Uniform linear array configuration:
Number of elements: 32
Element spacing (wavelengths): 0.25
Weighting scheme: uniform
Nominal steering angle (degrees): -15
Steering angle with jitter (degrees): -14.663
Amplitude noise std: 0.05
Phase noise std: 0.05

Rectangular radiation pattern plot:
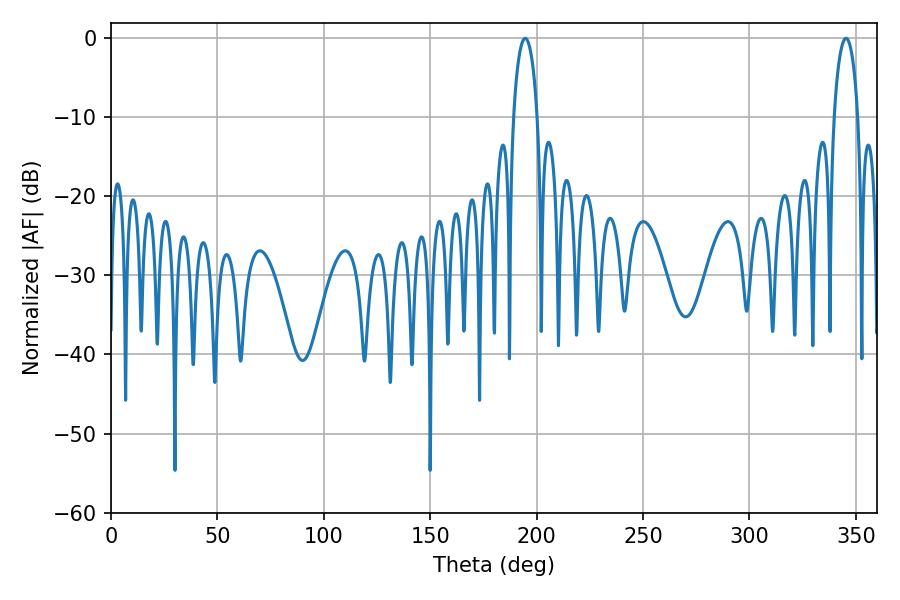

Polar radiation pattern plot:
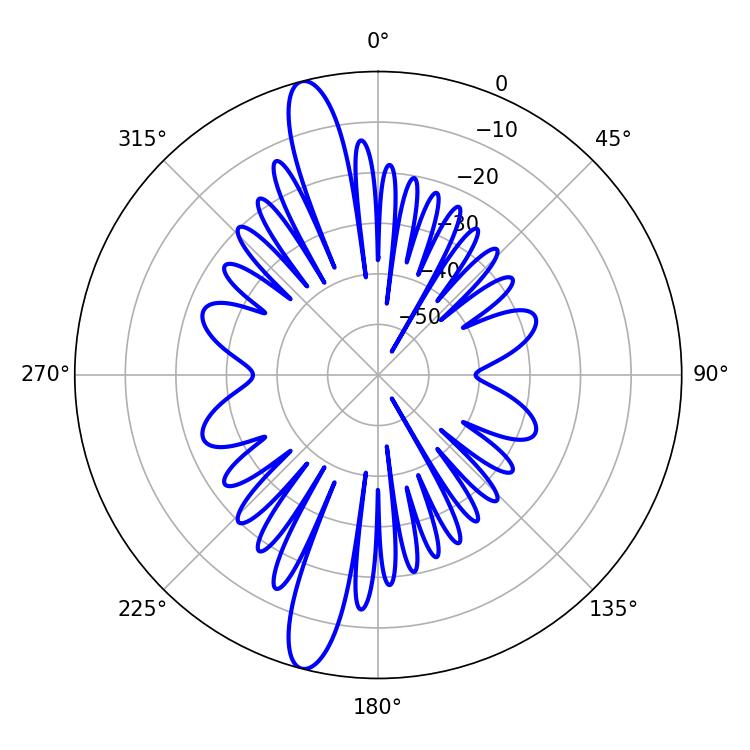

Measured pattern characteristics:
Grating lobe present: FALSE
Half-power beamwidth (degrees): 6.3
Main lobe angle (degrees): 194.58